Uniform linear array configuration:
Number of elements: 48
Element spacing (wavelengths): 0.25
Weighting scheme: cosine
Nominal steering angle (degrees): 0
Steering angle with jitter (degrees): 0.712
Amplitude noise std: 0.05
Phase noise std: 0.05

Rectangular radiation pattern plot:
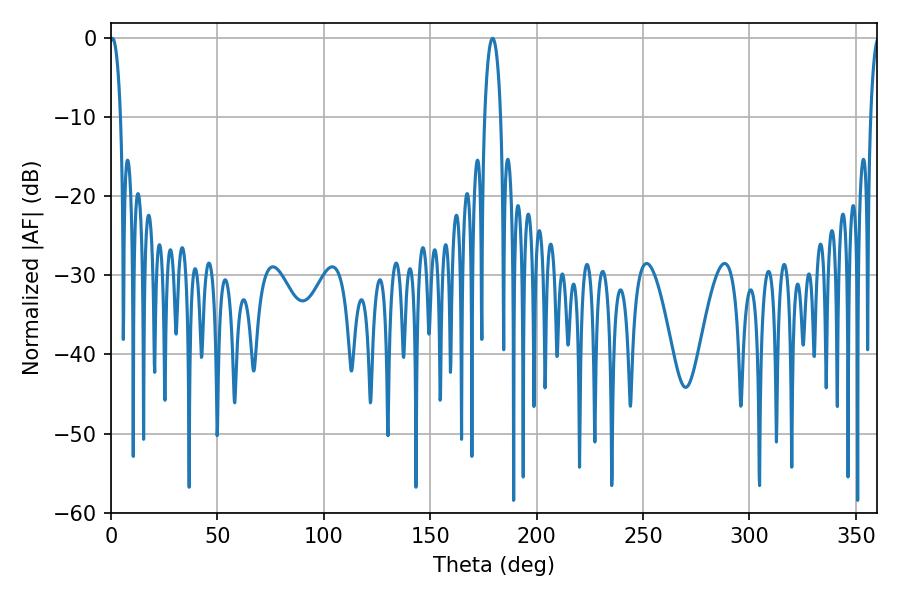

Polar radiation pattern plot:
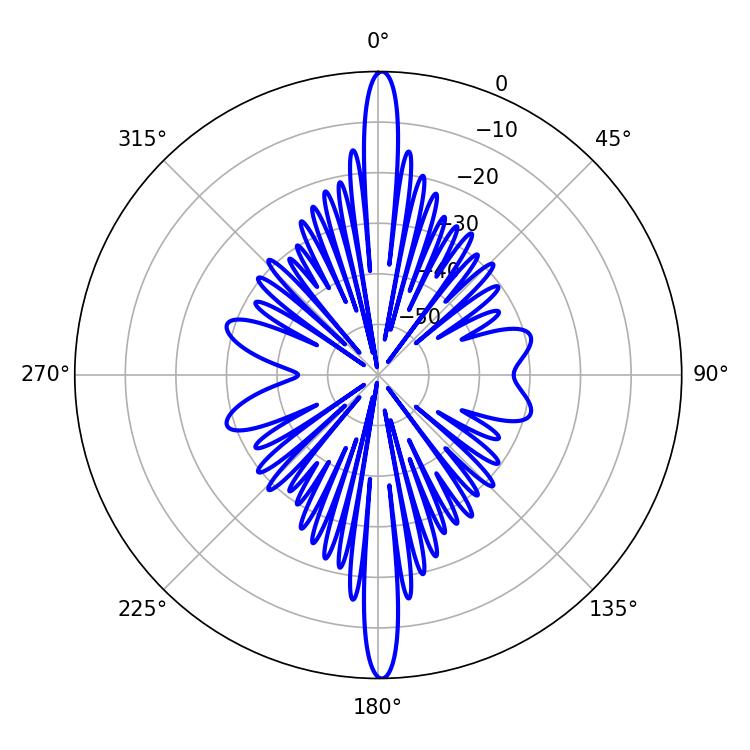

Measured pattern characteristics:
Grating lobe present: FALSE
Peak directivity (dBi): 29.577
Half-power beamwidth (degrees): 2.88
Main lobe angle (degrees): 0.72